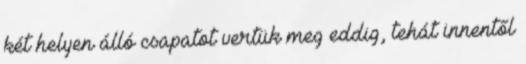
két helyen álló csapatot vertük meg eddig, tehát innentől